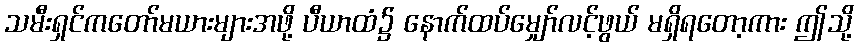
သမီးရှင်ကတော်မယားများအဖို့ ပီယာထံ၌ နောက်ထပ်မျှော်လင့်ဖွယ် မရှိရတော့ကား ဤသို့